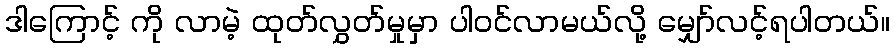
ဒါကြောင့် ကို လာမဲ့ ထုတ်လွှတ်မှုမှာ ပါဝင်လာမယ်လို့ မျှော်လင့်ရပါတယ်။